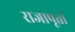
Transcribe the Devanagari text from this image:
राजापूतां